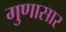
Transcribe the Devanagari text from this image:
गुणासार